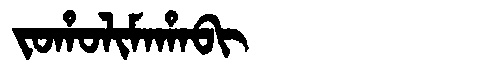
Manchu: ᠵᠣᡥᠣᠯᡳᠮᠠᡥᠠᠪᡳ
Romanization: JOHOLIMAHABI